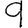
Digit: 9